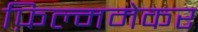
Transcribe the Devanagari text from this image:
फ़िल्ममेकर